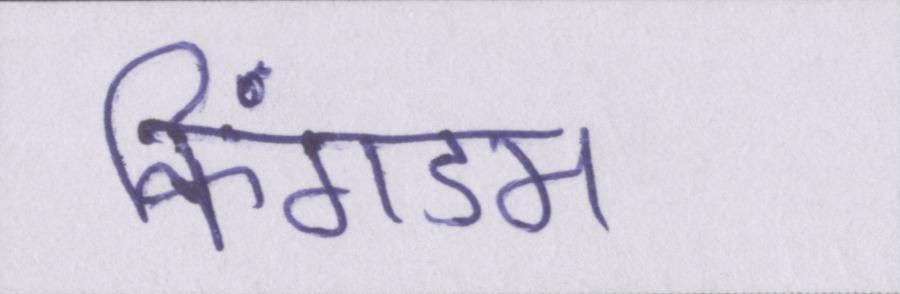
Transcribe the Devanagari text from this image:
किंगडम